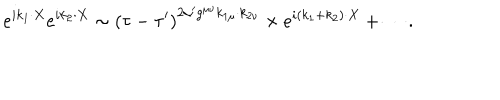
e ^ { i k _ { 1 } \cdot X } e ^ { i k _ { 2 } \cdot X } \sim \left( \tau - \tau ^ { \prime } \right) ^ { 2 \alpha ^ { \prime } g ^ { \mu \nu } k _ { 1 \mu } \cdot k _ { 2 \nu } } \times e ^ { i \left( k _ { 1 } + k _ { 2 } \right) \cdot X } + \cdots .